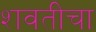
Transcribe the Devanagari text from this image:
शवतीचा